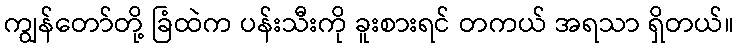
ကျွန်တော်တို့ ခြံထဲက ပန်းသီးကို ခူးစားရင် တကယ် အရသာ ရှိတယ်။